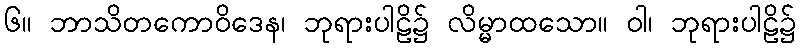
၆။ ဘာသိတကောဝိဒေန၊ ဘုရားပါဠိ၌ လိမ္မာထသော။ ဝါ၊ ဘုရားပါဠိ၌